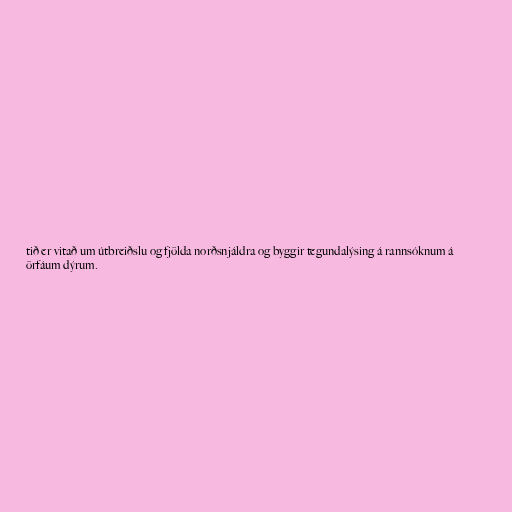
tið er vitað um útbreiðslu og fjölda norðsnjáldra og byggir tegundalýsing á rannsóknum á
örfáum dýrum.